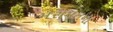
મરામતના